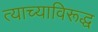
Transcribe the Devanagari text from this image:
त्याच्याविरूद्ध